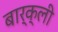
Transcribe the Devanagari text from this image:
बार्क्ली